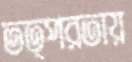
তত্পরতায়